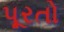
પૂરતો